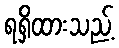
ရရှိထားသည့်